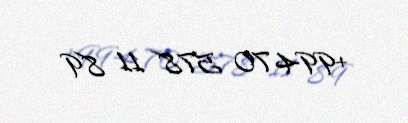
+994 70 578 11 89